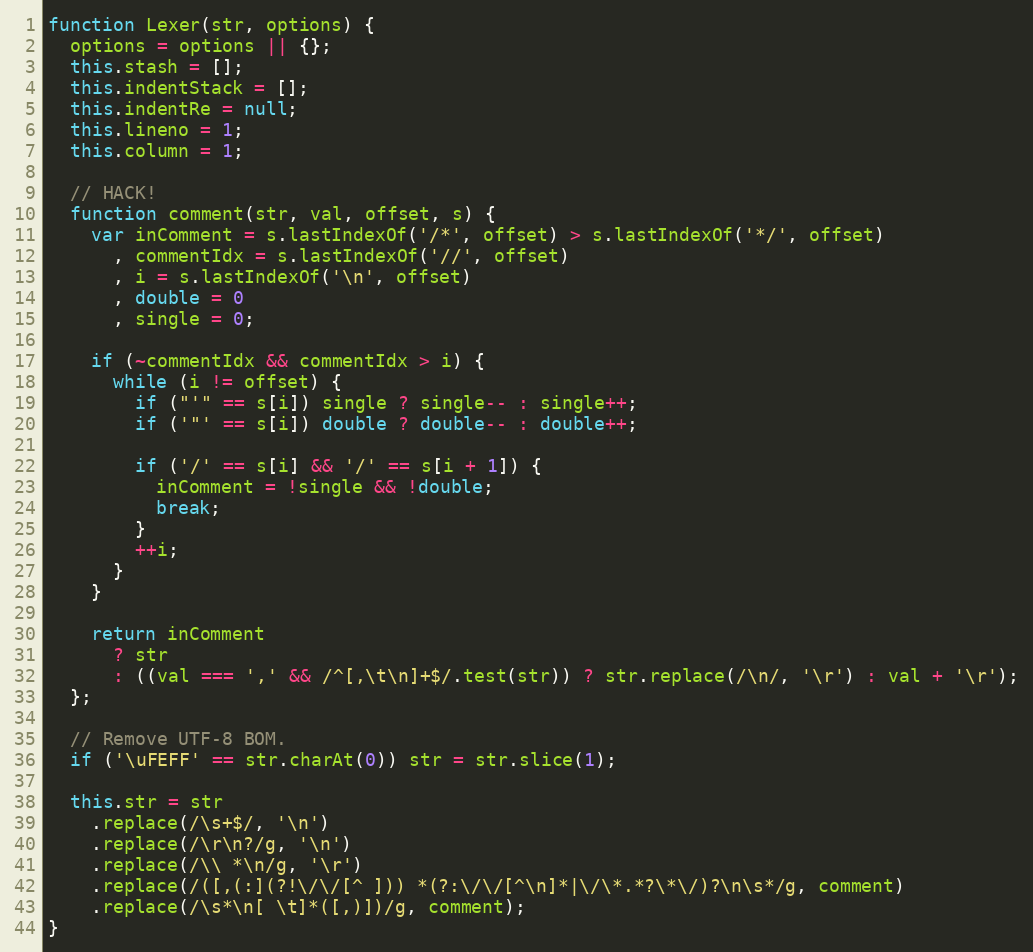
Language: JavaScript
function Lexer(str, options) {
  options = options || {};
  this.stash = [];
  this.indentStack = [];
  this.indentRe = null;
  this.lineno = 1;
  this.column = 1;

  // HACK!
  function comment(str, val, offset, s) {
    var inComment = s.lastIndexOf('/*', offset) > s.lastIndexOf('*/', offset)
      , commentIdx = s.lastIndexOf('//', offset)
      , i = s.lastIndexOf('\n', offset)
      , double = 0
      , single = 0;

    if (~commentIdx && commentIdx > i) {
      while (i != offset) {
        if ("'" == s[i]) single ? single-- : single++;
        if ('"' == s[i]) double ? double-- : double++;

        if ('/' == s[i] && '/' == s[i + 1]) {
          inComment = !single && !double;
          break;
        }
        ++i;
      }
    }

    return inComment
      ? str
      : ((val === ',' && /^[,\t\n]+$/.test(str)) ? str.replace(/\n/, '\r') : val + '\r');
  };

  // Remove UTF-8 BOM.
  if ('\uFEFF' == str.charAt(0)) str = str.slice(1);

  this.str = str
    .replace(/\s+$/, '\n')
    .replace(/\r\n?/g, '\n')
    .replace(/\\ *\n/g, '\r')
    .replace(/([,(:](?!\/\/[^ ])) *(?:\/\/[^\n]*|\/\*.*?\*\/)?\n\s*/g, comment)
    .replace(/\s*\n[ \t]*([,)])/g, comment);
}